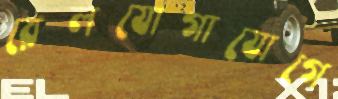
রেলযোগাযোগে